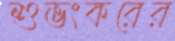
শুভংকরের